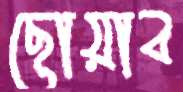
ছোয়াব